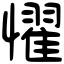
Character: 𢣷